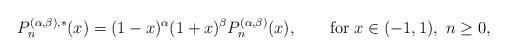
LaTeX: \begin{align*}P_n^{(\alpha,\beta), *} (x)= (1-x)^\alpha (1+x)^\beta P_n^{(\alpha,\beta)} (x),\qquad\hbox{for}~x\in(-1,1),~n\geq0,\end{align*}